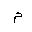
Letter: _mim